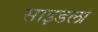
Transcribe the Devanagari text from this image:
साइडला